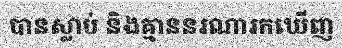
បានស្លាប់ និងគ្មាននរណារកឃើញ